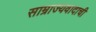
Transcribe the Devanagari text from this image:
साम्राज्यवादाची